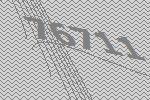
76711